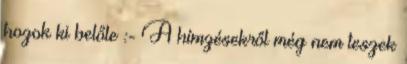
hozok ki belőle :- A hímzésekről még nem teszek